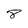
Character: 8